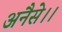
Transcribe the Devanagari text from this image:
अनैसे।।